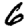
Digit: 6